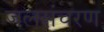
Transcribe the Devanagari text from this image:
जलसंचरण